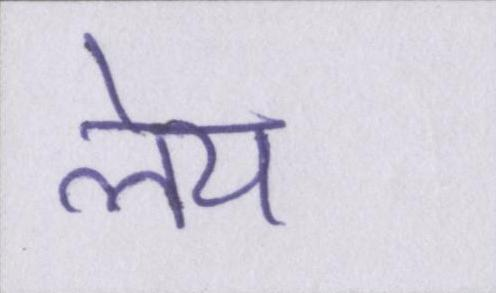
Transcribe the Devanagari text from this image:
लेय